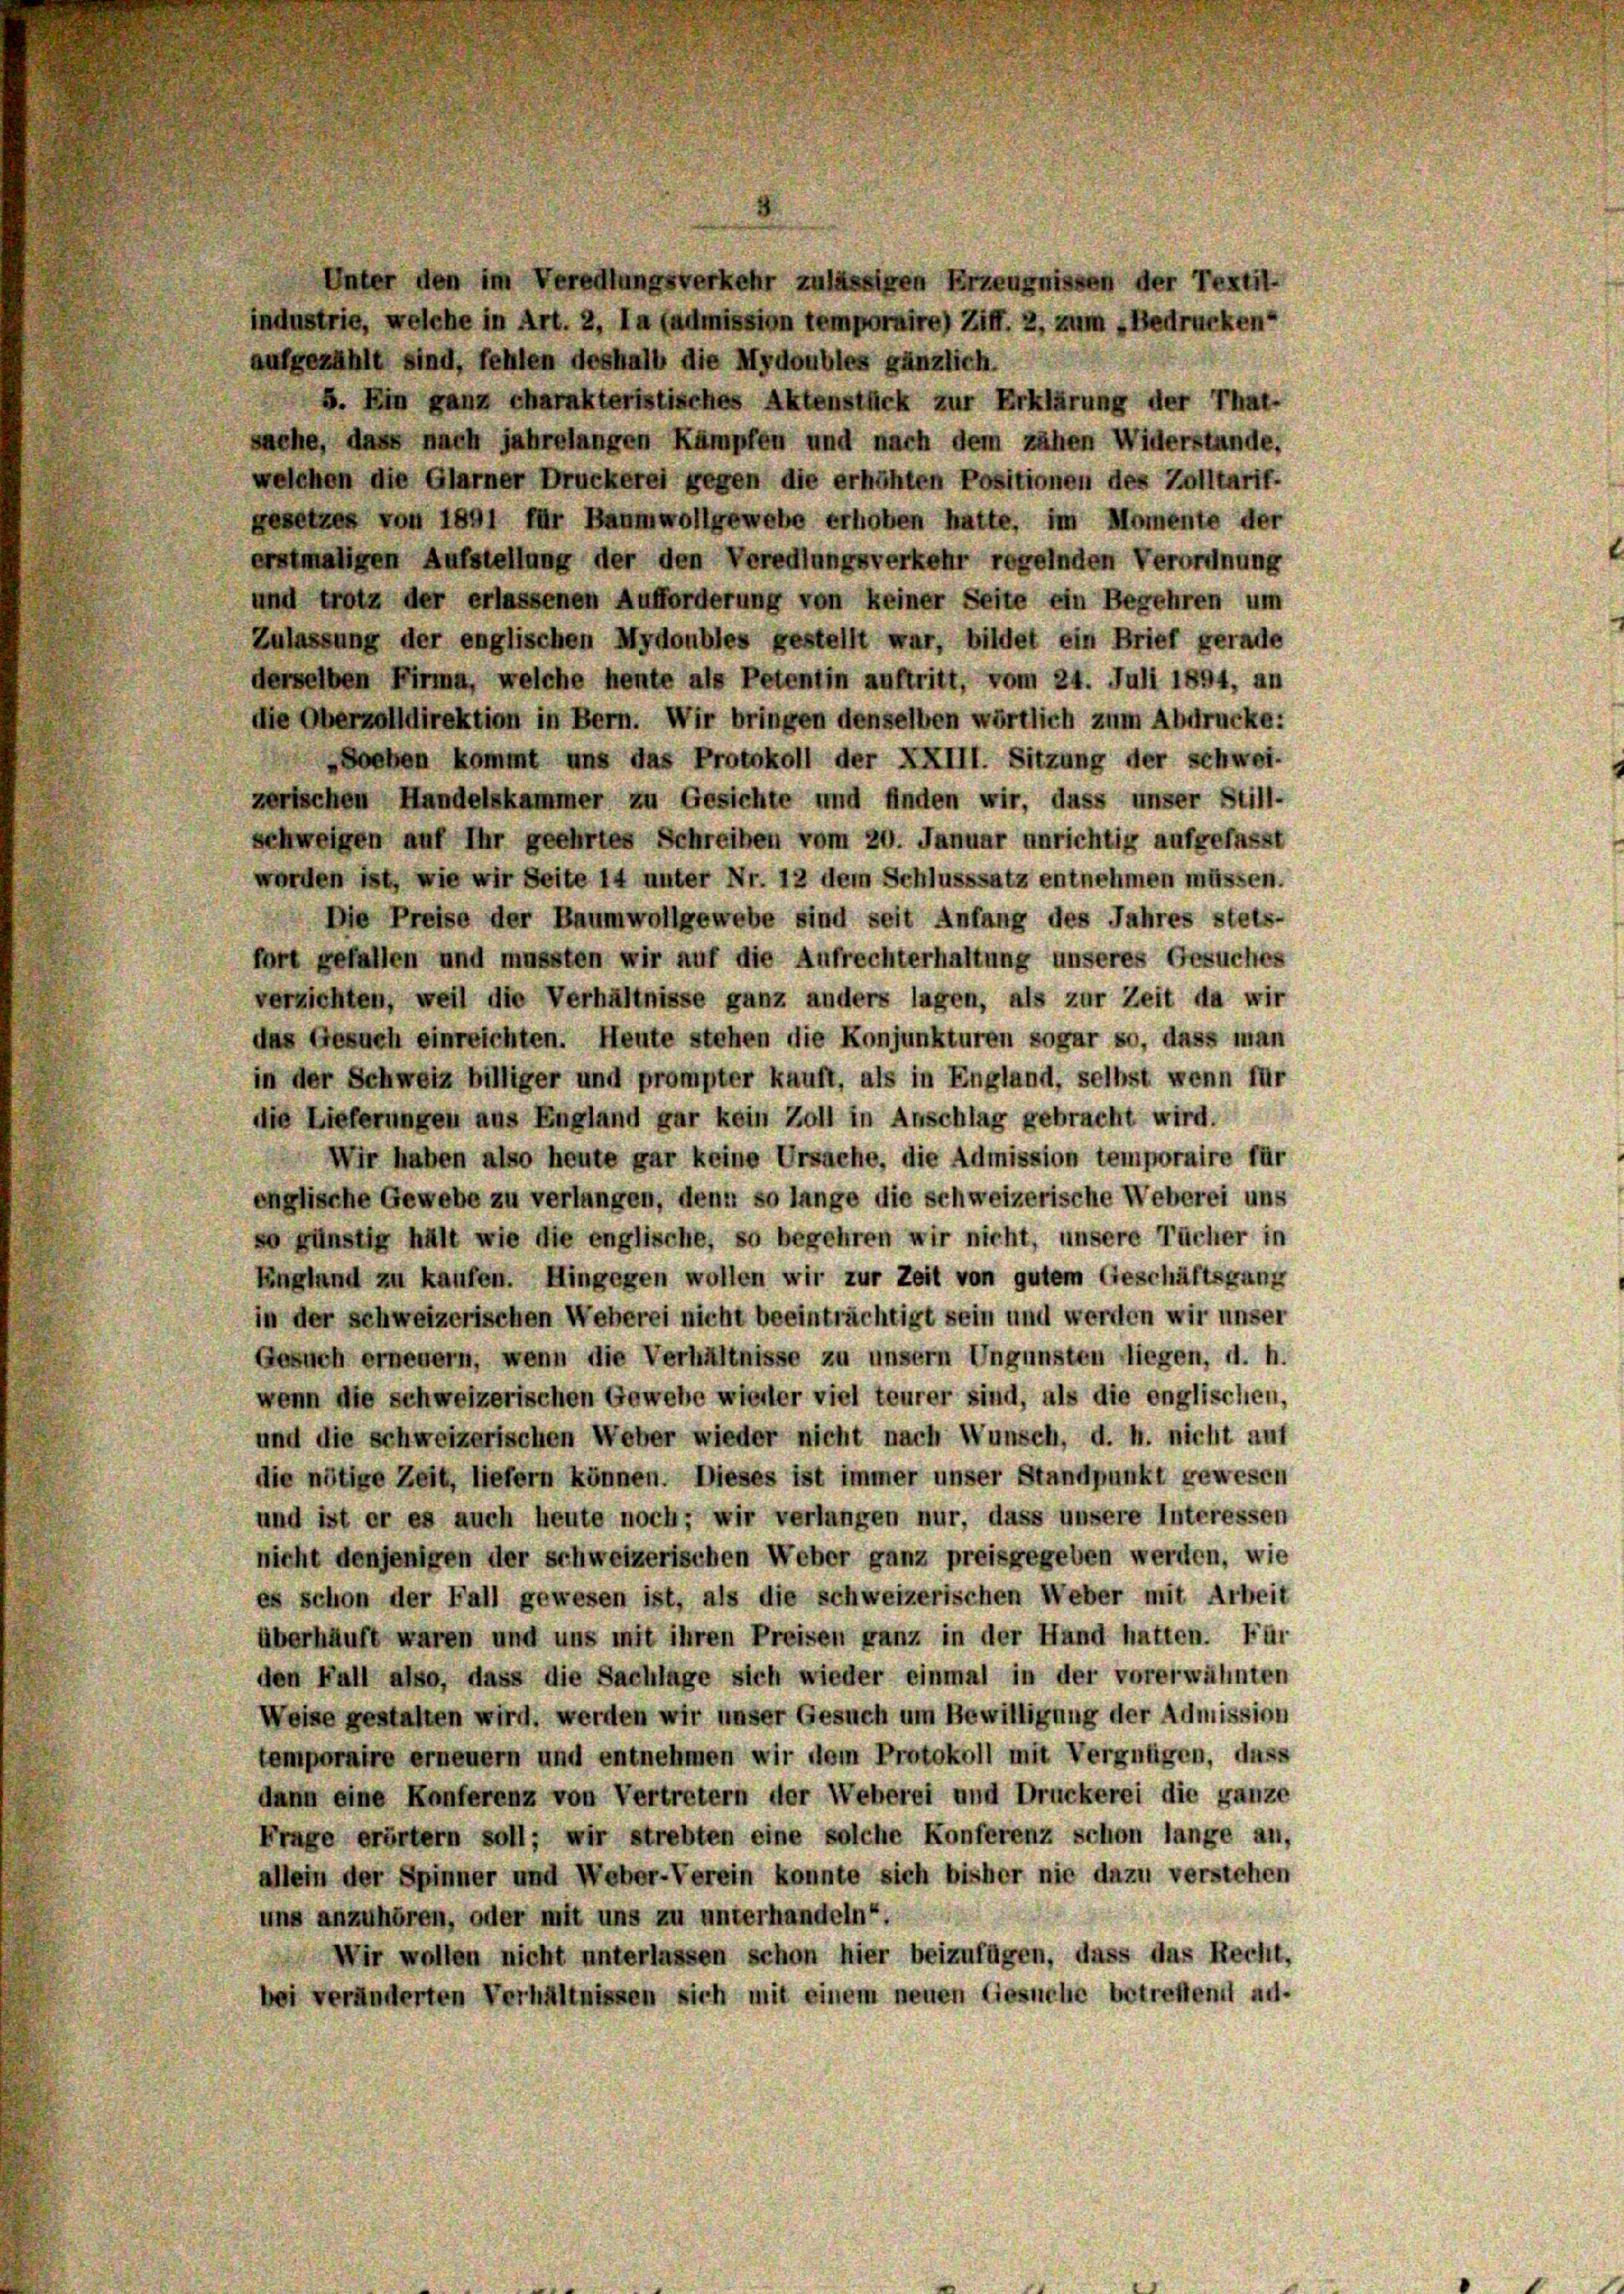
Unter den im Veredlungsverkehr zulässigen Erzeugnissen der Textil-
industrie, welche in Art. 2, La (admission temporaire) Ziff. 2, zum „Bedrucken“
aufgezählt sind, fehlen deshalb die Mydoubles gänzlich.
5. Ein ganz charakteristisches Aktenstück zur Erklärung der That-
sache, dass nach jahrelangen Kämpfen und nach dem zähen Widerstände,
welchen die Glarner Druckerei gegen die erhöhten Positionen des Zolltarif-
gesetzes von 1891 für Baumwollgewebe erhoben hatte, im Momente der
erstmaligen Aufstellung der den Vereilungsverkehr regelnden Verordnung
und trotz der erlassenen Aufforderung von keiner Seite ein Begehren um
Zulassung der englischen Mydoubles gestellt war, bildet ein Brief gerade
derselben Firma, welche heute als Petentin auftritt, vom 24. Juli 1894, an
die Oberzolldirektion in Bern. Wir bringen denselben wörtlich zum Abdrucke:
ochen kommt uns das Protokoll der XXIII. Sitzung der schwei-
zerischen Handelskammer zu Gesichte und finden wir, dass unser Still-
schweigen auf Ihr geehrtes Schreiben vom 20. Januar unrichtig aufgefasst
worden ist, wie wir Seite 14 unter Nr. 12 dem Schlusssatz entnehmen müssen.
Die Preise der Baumwollgewebe sind seit Anfang des Jahres stets-
fort gefallen und mussten wir auf die Aufrechterhaltung unseres Gesuches
verziehten, weil die Verhältnisse ganz anders lagen, als zur Zeit da wir
das Gesuch einreichten. Heute stehen die Konjunkturen sogar so, dass man
in der Schweiz billiger und prompter kauft, als in England, selbst wenn für
die Lieferungen aus England gar kein Zoll in Anschlag gebracht wird.
Wir haben also heute gar keine Ursache, die Admission temporaire für
englische Gewebe zu verlangen, denn so lange die schweizerische Weberei uns
so günstig hält wie die englische, so begehren wir nicht, unsere Tücher in
England zu kaufen. Hingegen wollen wir zur Zeit von gutem Geschäftsgang
in der schweizerischen Weberei nicht beeinträchtigt sein und werden wir unser
Gesuch erneuern, wenn die Verhältnisse zu unsern Ungunsten liegen, d. h.
wenn die schweizerischen Gewebe wieder viel teurer sind, als die englischen,
und die schweizerischen Weber wieder nicht nach Wunsch, d. h. nicht auf
die nötige Zeit, liefern können. Dieses ist immer unser Standpunkt gewesen
und ist er es auch heute noch, wir verlangen nur, dass unsere Interessen
nicht denjenigen der schweizerischen Weber ganz preisgegeben werden, wie
es schon der Fall gewesen ist, als die schweizerischen Weber mit Arbeit
überhäuft waren und uns mit ihren Preisen ganz in der Hand hatten. Für
den Fall also, dass die Sachlage sich wieder einmal in der vorerwähnten
Weise gestalten wird, werden wir unser Gesuch um Bewilligung der Admission
temporaire erneuern und entnehmen wir dem Protokoll mit Vergnügen, dass
dann eine Konferenz von Vertretern der Weberei und Druckerei die ganze
Frage erörtern soll; wir strebten eine solche Konferenz schon lange an,
allein der Spinner und Weber-Verein konnte sich bisher nie dazu verstehen
uns anzuhören, oder mit uns zu unterhandeln“.
Wir wollen nicht unterlassen schon hier beizufügen, dass das Recht,
bei veränderten Verhältnissen sich mit einem neuen Gesuche betreffend ad.